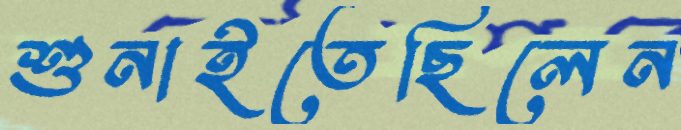
শুনাইতেছিলেন